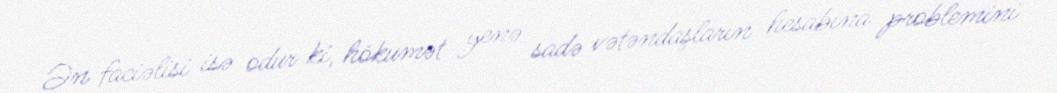
Ən faciəlisi isə odur ki, hökumət yenə sadə vətəndaşların hesabına problemini